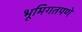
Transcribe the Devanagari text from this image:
भूमिगतपणे